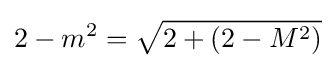
2-m^{2}={\sqrt {2+(2-M^{2})}}